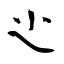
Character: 尐